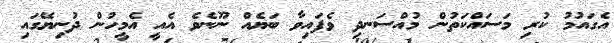
އެގައުމު ކުރި މަސައްކަތުން މުއްސަނދި ވެފައިވާ ބަޔެއް ނޫނެވެ އެއީ އެމީހުން ދުނިޔޭގައި